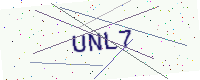
Text: UNL7